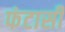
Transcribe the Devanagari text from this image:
फंटासी